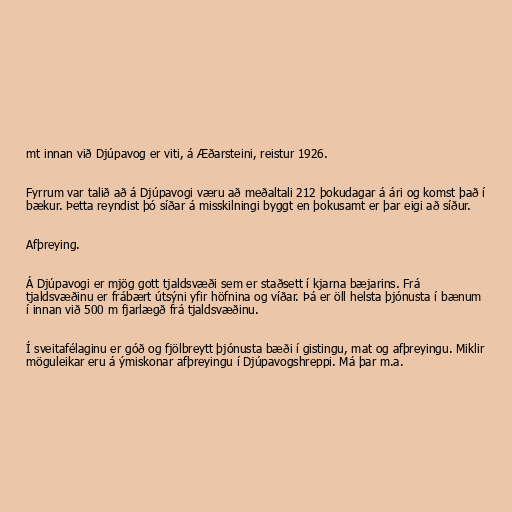
mt innan við Djúpavog er viti, á Æðarsteini, reistur 1926.

Fyrrum var talið að á Djúpavogi væru að meðaltali 212 þokudagar á ári og komst það í
bækur. Þetta reyndist þó síðar á misskilningi byggt en þokusamt er þar eigi að síður.

Afþreying.

Á Djúpavogi er mjög gott tjaldsvæði sem er staðsett í kjarna bæjarins. Frá
tjaldsvæðinu er frábært útsýni yfir höfnina og víðar. Þá er öll helsta þjónusta í bænum
í innan við 500 m fjarlægð frá tjaldsvæðinu.

Í sveitafélaginu er góð og fjölbreytt þjónusta bæði í gistingu, mat og afþreyingu. Miklir
möguleikar eru á ýmiskonar afþreyingu í Djúpavogshreppi. Má þar m.a.